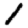
Digit: 1